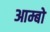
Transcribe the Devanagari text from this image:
आम्बो